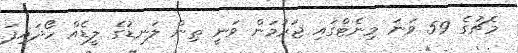
މެޗުގެ 59 ވަނަ މިނެޓްގައި ޖަރުމަން ވަނީ ތިން ލަނޑުގެ ލީޑެއް ހޯދައިފަ